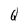
Character: Q